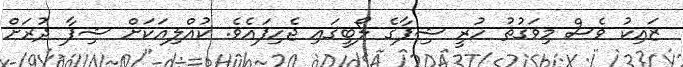
ޒައިކު ވެސް މިވަގުތު ހުރީ ޝިފާގެ ލޯބީގައި ޖެހިފައެވެ. ކުއްލިއަކަށް ޝިފާ ދުރަށް